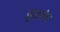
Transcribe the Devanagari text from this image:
झुडापांचा